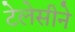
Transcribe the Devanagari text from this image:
टेलेसीने